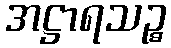
အဋ္ဌာရသဉ္စ